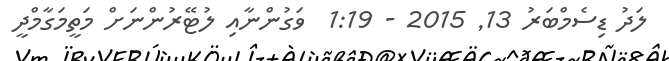
ލަދު ޑިސެމްބަރު 13